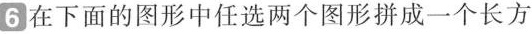
6在下面的图形中任选两个图形拼成一个长方